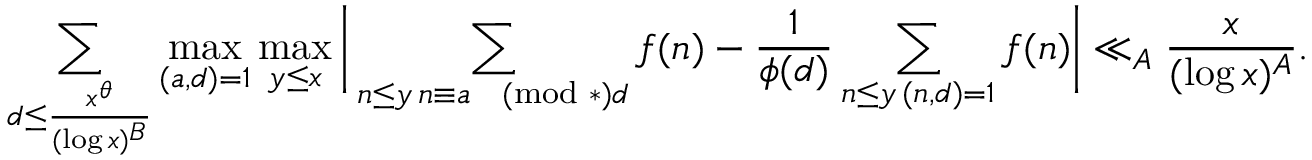
\sum _ { d \leq \frac { x ^ { \theta } } { ( \log x ) ^ { B } } } \operatorname* { m a x } _ { ( a , d ) = 1 } \operatorname* { m a x } _ { y \le x } \bigg | \sum _ { \substack { n \leq y \, n \equiv a \pmod * { d } } } f ( n ) - \frac { 1 } { \phi ( d ) } \sum _ { \substack { n \leq y \, ( n , d ) = 1 } } f ( n ) \bigg | \ll _ { A } \frac { x } { ( \log x ) ^ { A } } .